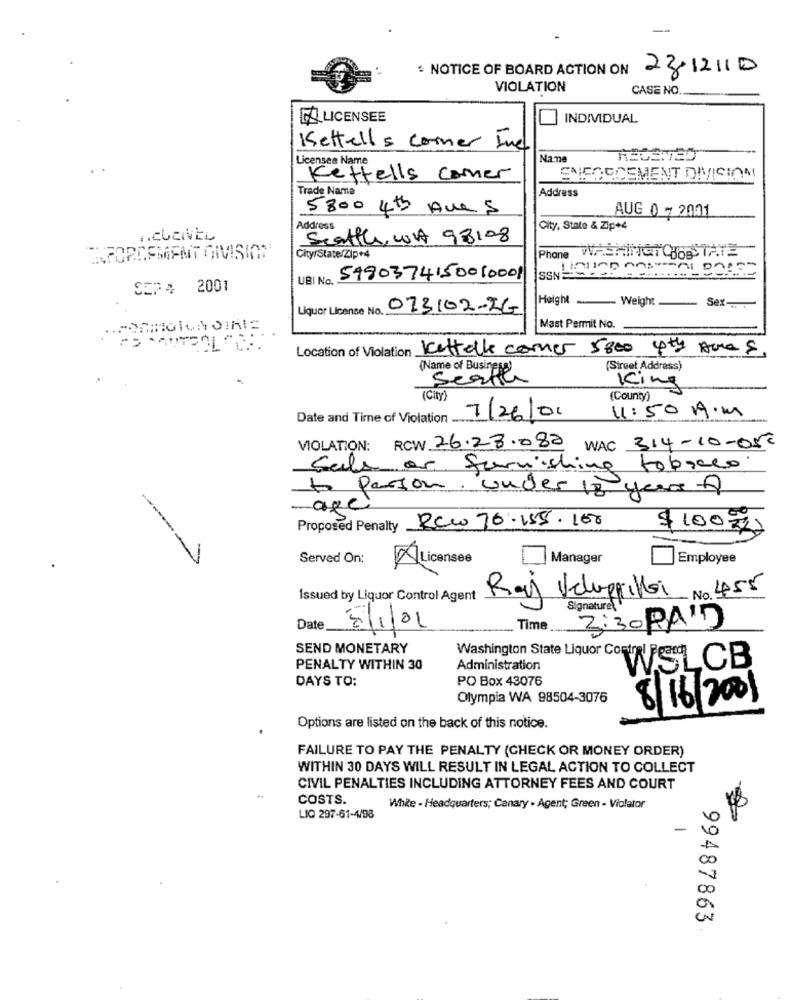
: NOTICE OF BOARD ACTION ON 2312/10
VIOLATION
CASE NO.
GO LICENSEE
INDIVIDUAL
Kettells Corner Ind
Licenses Name
Nane
Kettells Comer
IFORCEMENT DIVISION
Trade Name
Address
5800 4th Ave 5
AUG 0 - 2001
Address
City, State & Zip+4
.. CUENVEL
Seattle, WA 98108
City/State/Zip+4
Phone
UBI No. 5990374150010001
SEP 4 2001
Height
Liquor License No ..
. 073102-2G
Weight
Sex -...
Mast Permit No.
Location of Violation Kettalk corner 5800 4ty Acre S,
(Street Address)
(Name of Business)
Seath
King
( City )
(County)
11:50 A. M
Date and Time of Violation ...
7/26/01
VIOLATION: RCW 26.28.088 WAC 314-10-05
Sale or furnishing tobacco
to parson. under 18 years f
age
Proposed Penalty Rcw 76.155.100
$100%
------
Served On:
ALicensee
Manager
Employee
Issued by Liquor Control Agent
Raj Voluppillai No 455
Signature
Date
8/1/02
Time
3:30 PA'D
SEND MONETARY
PENALTY WITHIN 30
Administration
WSLCB
DAYS TO:
PO Box 43076
Olympia WA 98504-3076
8/16/2001
Options are listed on the back of this notice.
FAILURE TO PAY THE PENALTY (CHECK OR MONEY ORDER)
WITHIN 30 DAYS WILL RESULT IN LEGAL ACTION TO COLLECT
CIVIL PENALTIES INCLUDING ATTORNEY FEES AND COURT
COSTS.
White - Headquarters; Canary - Agent; Green - Violator
LIQ 297-61-4/98
99487863